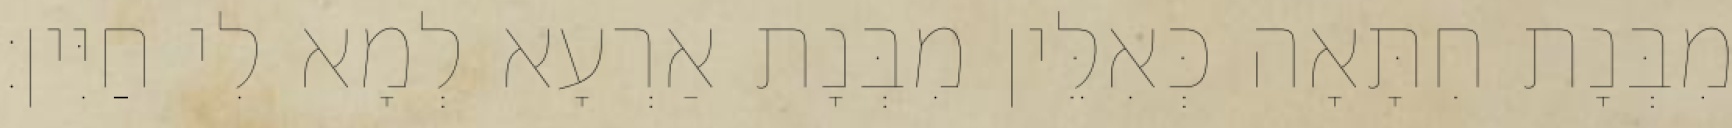
מִבְּנָת חִתָּאָה כְּאִלֵּין מִבְּנָת אַרְעָא לְמָא לִי חַיִּין׃